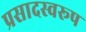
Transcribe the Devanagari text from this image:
प्रसादस्‍वरूप